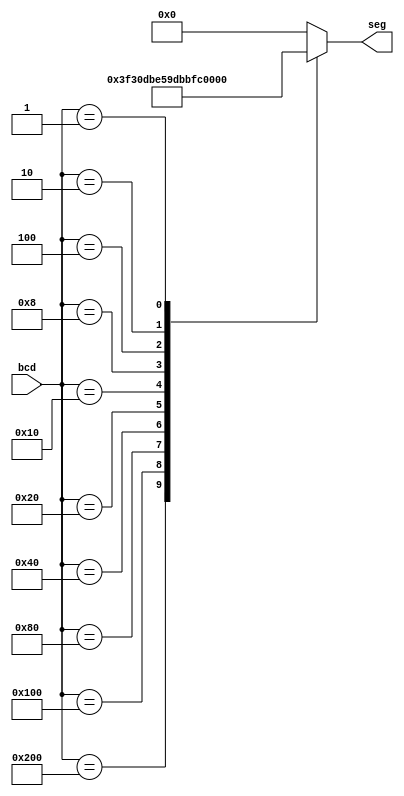
module bcdto7segen(bcd,seg);

input [9:0] bcd;
output [6:0] seg;
reg [6:0] seg;  

    always @(bcd)
    begin
        case (bcd)
            10'b1000000000 : seg = 7'b1111110;
            10'b0100000000 : seg = 7'b0110000;
            10'b0010000000 : seg = 7'b1101101;
            10'b0001000000 : seg = 7'b1111001;
            10'b0000100000 : seg = 7'b0110011;
            10'b0000010000 : seg = 7'b1011011;
            10'b0000001000 : seg = 7'b1011111;
            10'b0000000100 : seg = 7'b1110000;
            10'b0000000010 : seg = 7'b1111111;
            10'b0000000001 : seg = 7'b1111011;
            default : seg = 7'b0000000; 
        endcase
    end
    
endmodule